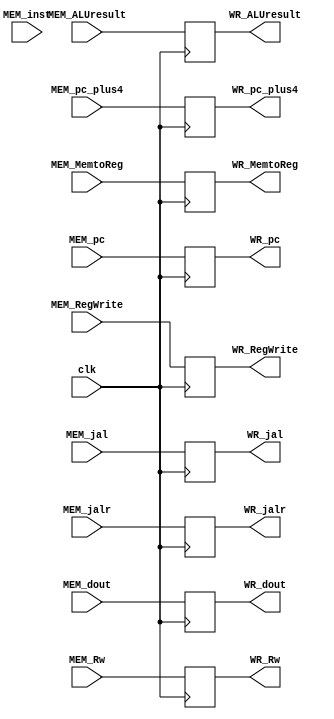
module MEM_WR(
    input clk,
    input [31:0] MEM_pc,
    input [31:0] MEM_pc_plus4,
    input [31:0] MEM_inst,
    input [31:0] MEM_dout,
    input [31:0] MEM_ALUresult,
    input [4:0] MEM_Rw,
    input MEM_RegWrite,
    input MEM_MemtoReg,
    input MEM_jal,MEM_jalr,

    output reg[31:0] WR_pc,
    output reg[31:0] WR_pc_plus4,
    output reg[31:0] WR_dout,
    output reg[31:0] WR_ALUresult,
    output reg[4:0] WR_Rw,
    output reg WR_RegWrite,
    output reg WR_MemtoReg,
    output reg WR_jal,
    output reg WR_jalr
);
reg[31:0] WR_inst;

initial begin
    WR_pc=32'b0;
    WR_pc_plus4=32'b0;
    WR_dout=32'b0;
    WR_ALUresult=32'b0;
    WR_Rw=5'b0;
    WR_RegWrite=0;
    WR_MemtoReg=0;
end

always@(posedge clk)begin
    WR_pc<=MEM_pc;
    WR_pc_plus4<=MEM_pc_plus4;
    WR_dout<=MEM_dout;
    WR_ALUresult<=MEM_ALUresult;
    WR_Rw<=MEM_Rw;
    WR_RegWrite<=MEM_RegWrite;
    WR_MemtoReg<=MEM_MemtoReg;
    WR_jal<=MEM_jal;
    WR_jalr<=MEM_jalr;
    
    WR_inst<=MEM_inst;
end

endmodule